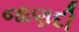
જાણદી